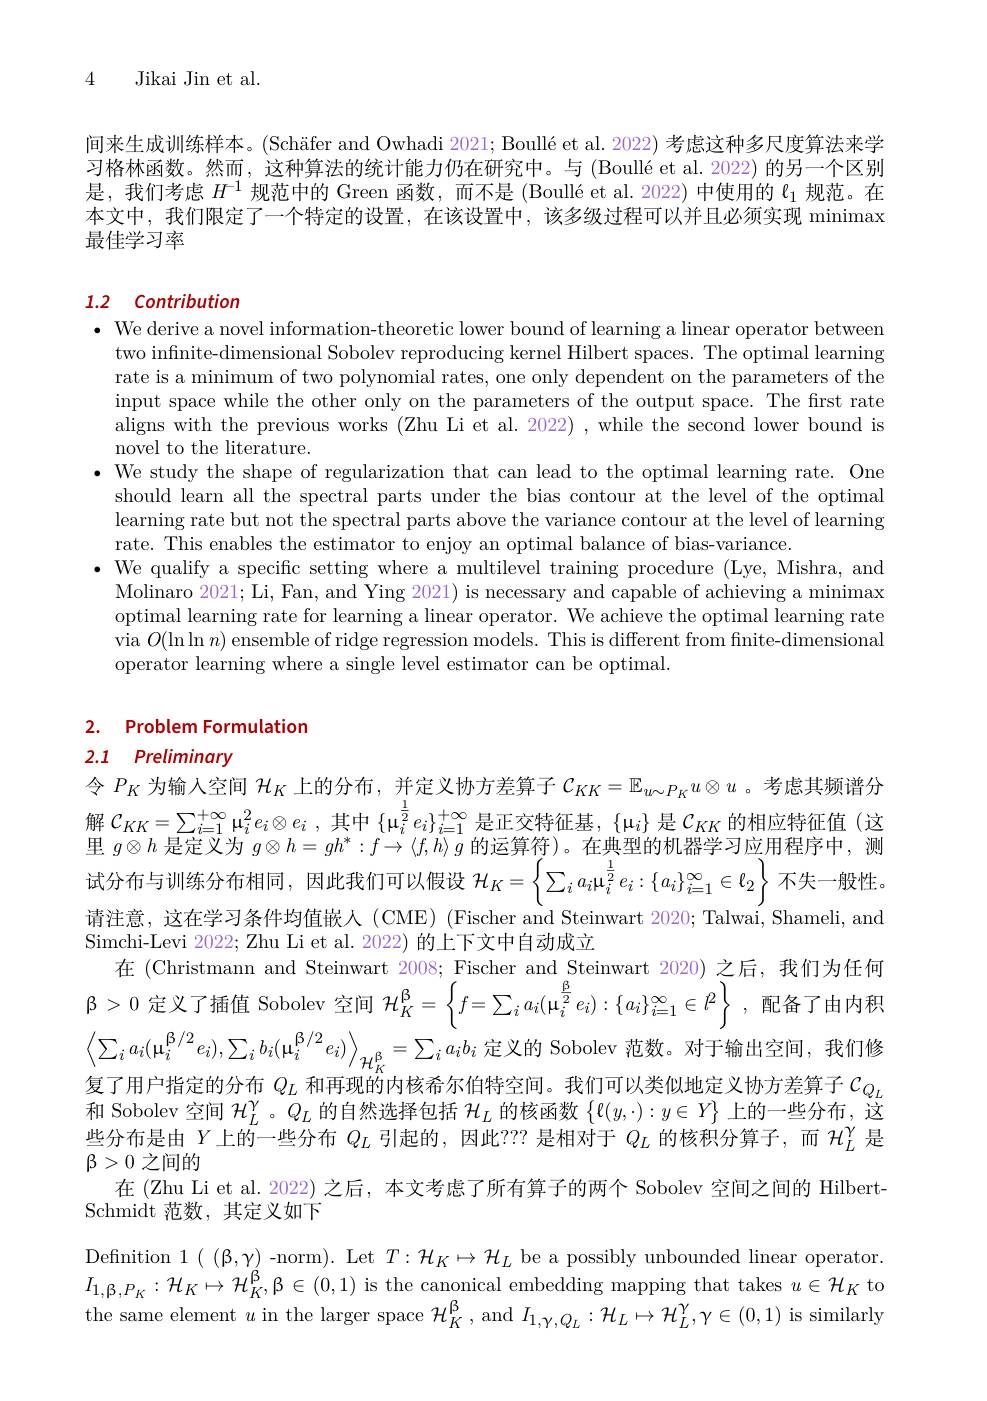
4 Jikai Jin et al.

间来生成训练样本。(Schäfer and Owhadi 2021; Boullé et al. 2022) 考虑这种多尺度算法来学习格林函数。然而，这种算法的统计能力仍在研究中。与 (Boullé et al. 2022) 的另一个区别是，我们考虑$H^-1$规范中的 Green 函数，而不是(Boullé et al. 2022) 中使用的$\ell_1$规范。在本文中，我们限定了一个特定的设置，在该设置中，该多级过程可以并且必须实现 minimax 最佳学习率

### 1.2 Contribution

· We derive a novel information-theoretic lower bound of learning a linear operator between
two infnite-dimensional Sobolev reproducing kernel Hilbert spaces. The optimal learning rate is a minimum of two polynomial rates, one only dependent on the parameters of the input space while the other only on the parameters of the output space. The first rate aligns with the previous works (Zhu Li et al. 2022) ,while the second lower bound is novel to the literature.
· We study the shape of regularization that can lead to the optimal learning rate. One
should learn all the spectral parts under the bias contour at the level of the optimal learning rate but not the spectral parts above the variance contour at the level of learning rate. This enables the estimator to enjoy an optimal balance of bias-variance.
$\bullet$ We qualify a specific setting where a multilevel training procedure (Lye, Mishra, and
Molinaro 2021; Li, Fan, and Ying 2021) is necessary and capable of achieving a minimax optimal learning rate for learning a linear operator. We achieve the optimal learning rate via $O(\ln\ln n)$ ensemble of ridge regression models. This is different from finite-dimensional operator learning where a single level estimator can be optimal.

## 2. Problem Formulation 2.1 Preliminary

令$P_K$为输入空间$\mathcal{H}_K$上的分布，并定义协方差算子$\mathcal{C}_KK=\mathbb{E}_{u\sim P_K}u\otimes u$ 。考虑其频谱分解$\mathcal{C}_KK=\sum_{i=1}^{+\infty}\mathfrak{\mu}_i^2e_i\otimes e_i~,~$其中$\{\mathfrak{\mu}_i^{\frac12}e_i\}_{i=1}^{+\infty}$是正交特征基，$\{\mathfrak{\mu}_i\}$是$\mathcal{C}_KK$的相应特征值 (这里$g\otimes h$是定义为$g\otimes h=gh^*:f\to\langle f,h\rangle g$的运算符)。在典型的机器学习应用程序中，测试分布与训练分布相同，因此我们可以假设$\mathcal{H}_K=\left\{\sum_ia_i\mu_i^{\frac12}e_i:\{a_i\}_{i=1}^\infty\in\ell_2\right\}$不失一般性请注意，这在学习条件均值嵌人(CME)(Fischer and Steinwart 2020; Talwai, Shameli, and Simchi-Levi 2022; Zhu Li et al. 2022) 的上下文中自动成立
在 (Christmann and Steinwart 2008; Fischer and Steinwart 2020) 之后，我们为任何$\beta>0$ 定义了插值 Sobolev 空间 $\mathcal{H}_K^{\mathcal{B}}=\left\{f=\sum_ia_i(\mathbf{\mu}_i^{\frac{\mathrm{p}}2}e_i):\{a_i\}_{i=1}^{\infty}\in l^2\right\}$,配备了由内积$\left\langle\sum_{i}a_{i}(\mathbf{\mu}_{i}^{\beta/2}e_{i}),\sum_{i}b_{i}(\mathbf{\mu}_{i}^{\beta/2}e_{i})\right\rangle_{\mathcal{H}_{K}^{\beta}}=\sum_{i}a_{i}b_{i}$定义的 Sobolev 范数。对于输出空间，我们修复了用户指定的分布$Q_L$和再现的内核希尔伯特空间。我们可以类似地定义协方差算子$\mathcal{C}_{Q_L}$ 和 Sobolev 空间$\mathcal{H}_L^\gamma$。$Q_L$的自然选择包括$\mathcal{H}_L$的核函数$\{\ell(y,\cdot):y\in Y\}$上的一些分布，这些分布是由$Y$上的一些分布$Q_L$引起的，因此？?? 是相对于$Q_L\dot{\text{ 的核积分算子，而 }H}_L^\gamma$是$\beta>0$之间的
在 (Zhu Li et al. 2022) 之后，本文考虑了所有算子的两个 Sobolev 空间之间的 Hilbert-
Schmidt 范数，其定义如下
Definition $1((\beta,\gamma)$ -norm). Let $T:\mathcal{H}_K\mapsto\mathcal{H}_L$ be a possibly unbounded linear operator. $I_{1,\beta,P_K}:\mathcal{H}_K\mapsto\mathcal{H}_K^{\beta},\beta\in(0,1)$ is the canonical embedding mapping that takes $u\in\mathcal{H}_K$ to the same element $u$ in the larger space $\mathcal{H}_K^{\beta}$, and $I_1,\gamma,Q_L:\mathcal{H}_L\mapsto\mathcal{H}_L^{\gamma},\gamma\in(0,1)$ is similarly